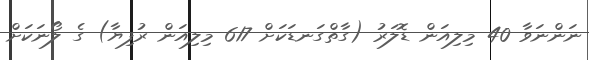
ނަންނަވާ 40 މިލިއަން ޑޮލަރު (ގާތްގަނޑަކަށް 617 މިލިއަން ރުފިޔާ) ގެ ލޯނަކަށް